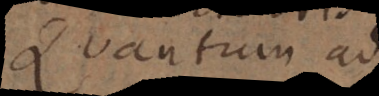
Quantum ad